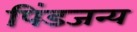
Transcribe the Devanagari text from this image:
पिंडजन्य